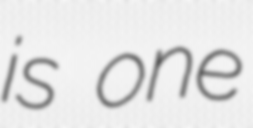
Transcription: is one